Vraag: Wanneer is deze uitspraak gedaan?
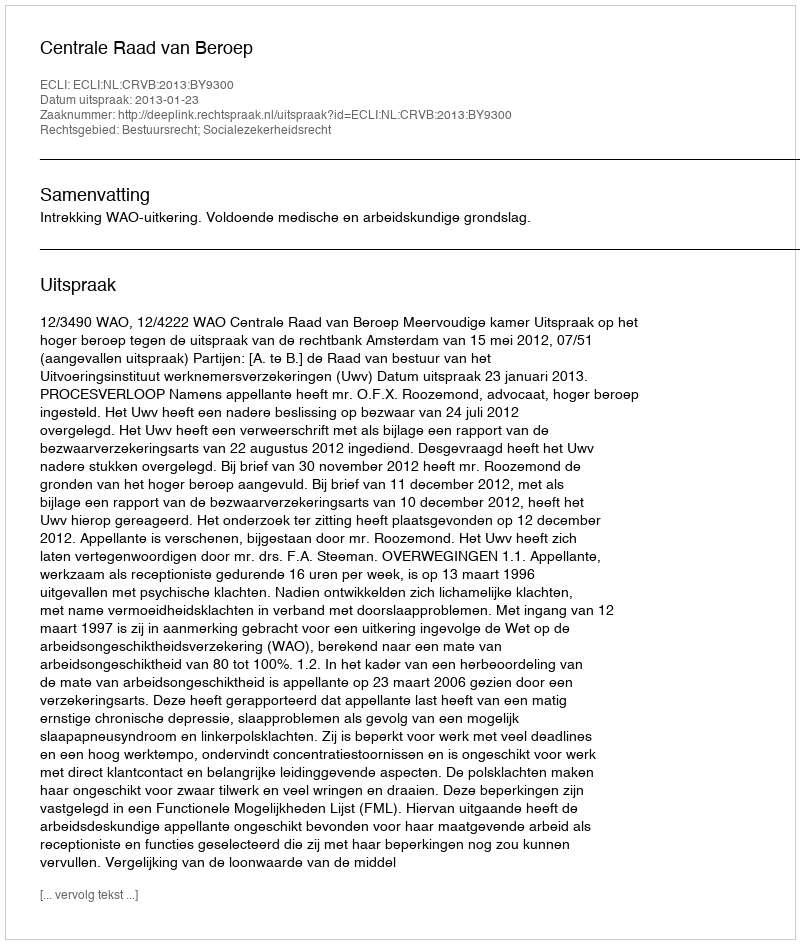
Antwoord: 2013-01-23